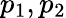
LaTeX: p_{1},p_{2}